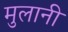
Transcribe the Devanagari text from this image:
मुलानी